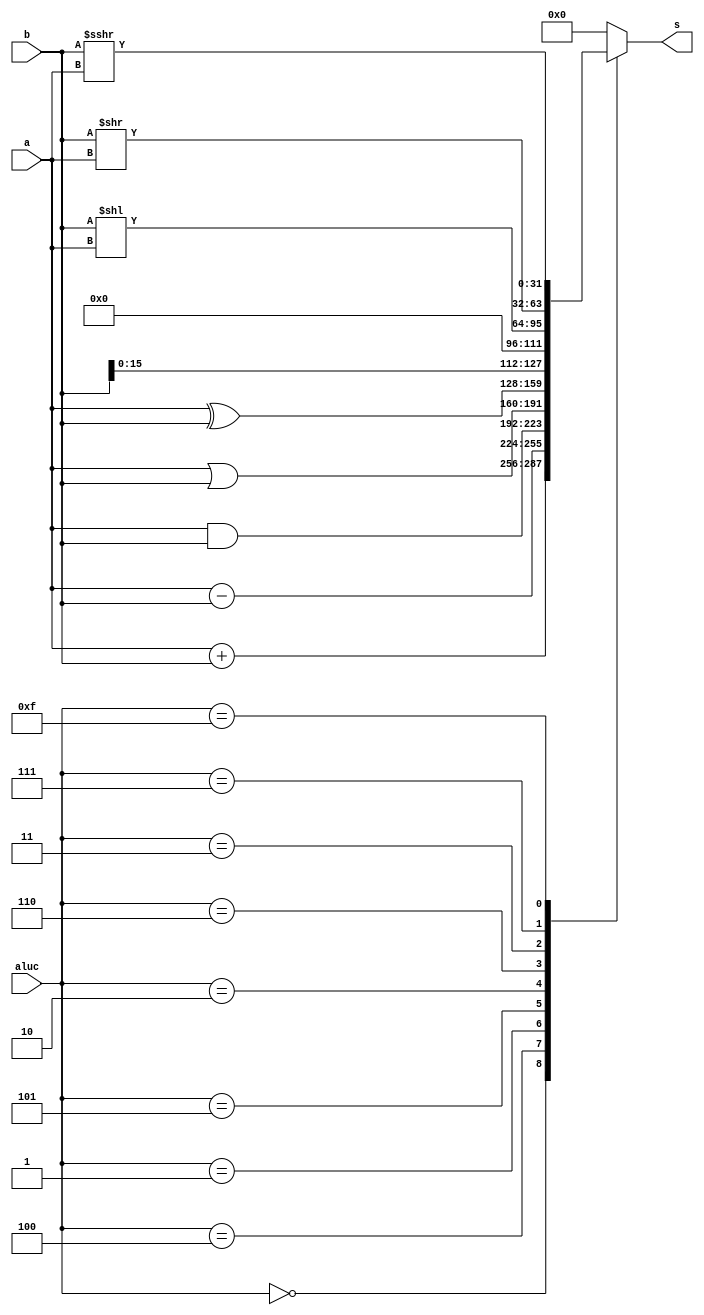
module alu (a,b,aluc,s);
   input [31:0] a,b;
   input [3:0] aluc;
   output [31:0] s;
   reg [31:0] s;
   always @ (a or b or aluc) 
      begin                                   // event
         case (aluc)
             4'b0000: s = a + b;              //x000 ADD
             4'b0100: s = a - b;              //x100 SUB
             4'b0001: s = a & b;              //x001 AND
             4'b0101: s = a | b;              //x101 OR
             4'b0010: s = a ^ b;              //x010 XOR
             4'b0110: s = b << 16;            //x110 LUI: imm << 16bit             
             4'b0011: s = b << a;             //0011 SLL: rd <- (rt << sa)
             4'b0111: s = b >> a;             //0111 SRL: rd <- (rt >> sa) (logical)
             4'b1111: s = $signed(b) >>> a;   //1111 SRA: rd <- (rt >> sa) (arithmetic)
             default: s = 0;
         endcase      
      end      
endmodule